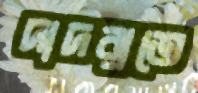
দাদরাতে